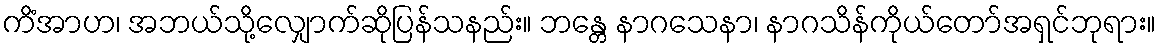
ကိံအာဟ၊ အဘယ်သို့လျှောက်ဆိုပြန်သနည်း။ ဘန္တေ နာဂသေနာ၊ နာဂသိန်ကိုယ်တော်အရှင်ဘုရား။